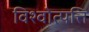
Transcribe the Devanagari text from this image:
विश्वोत्पत्ति